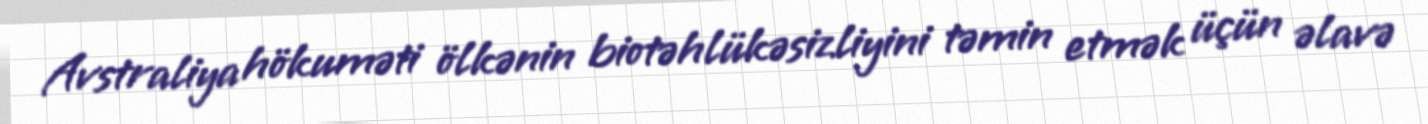
Avstraliya hökuməti ölkənin biotəhlükəsizliyini təmin etmək üçün əlavə